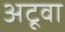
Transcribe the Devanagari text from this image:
अटूवा